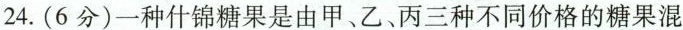
24. （6分）一种什锦糖果是由甲、乙、丙三种不同价格的糖果混